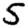
Digit: 5